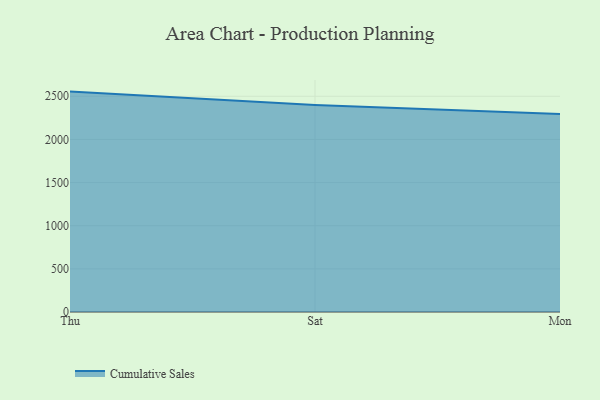
{"axis": {"x": "Day", "y": "Backlog"}, "legend": ["Cumulative Sales"], "data": [{"x": "Thu", "y": 2554.3, "type": "Cumulative Sales"}, {"x": "Sat", "y": 2398.1, "type": "Cumulative Sales"}, {"x": "Mon", "y": 2294.0, "type": "Cumulative Sales"}]}